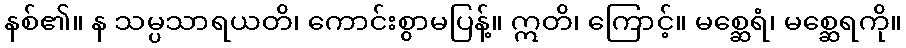
နစ်၏။ န သမ္ပသာရယတိ၊ ကောင်းစွာမပြန့်။ ဣတိ၊ ကြောင့်။ မစ္ဆေရံ၊ မစ္ဆေရကို။